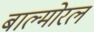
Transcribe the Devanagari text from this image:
बाल्मोरल